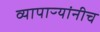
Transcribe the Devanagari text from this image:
व्यापाऱ्यांनीच